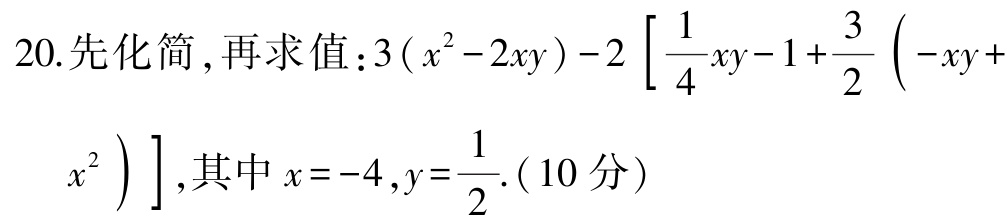
20.先化简，再求值：\(3(x^{2}-2xy)-2\left[\frac{1}{4}xy - 1+\frac{3}{2}\left(-xy + x^{2}\right)\right]\)，其中\(x = -4\)，\(y=\frac{1}{2}\).(10分)